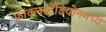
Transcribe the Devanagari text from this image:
फ्रांकनस्टेडियोनमध्ये